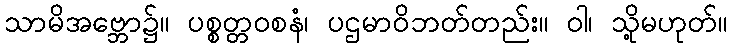
သာမိအဗ္ဘော၌။ ပစ္စတ္တဝစနံ၊ ပဌမာဝိဘတ်တည်း။ ဝါ၊ သို့မဟုတ်။